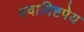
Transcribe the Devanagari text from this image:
स्वादिष्टपेय